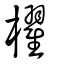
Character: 櫂